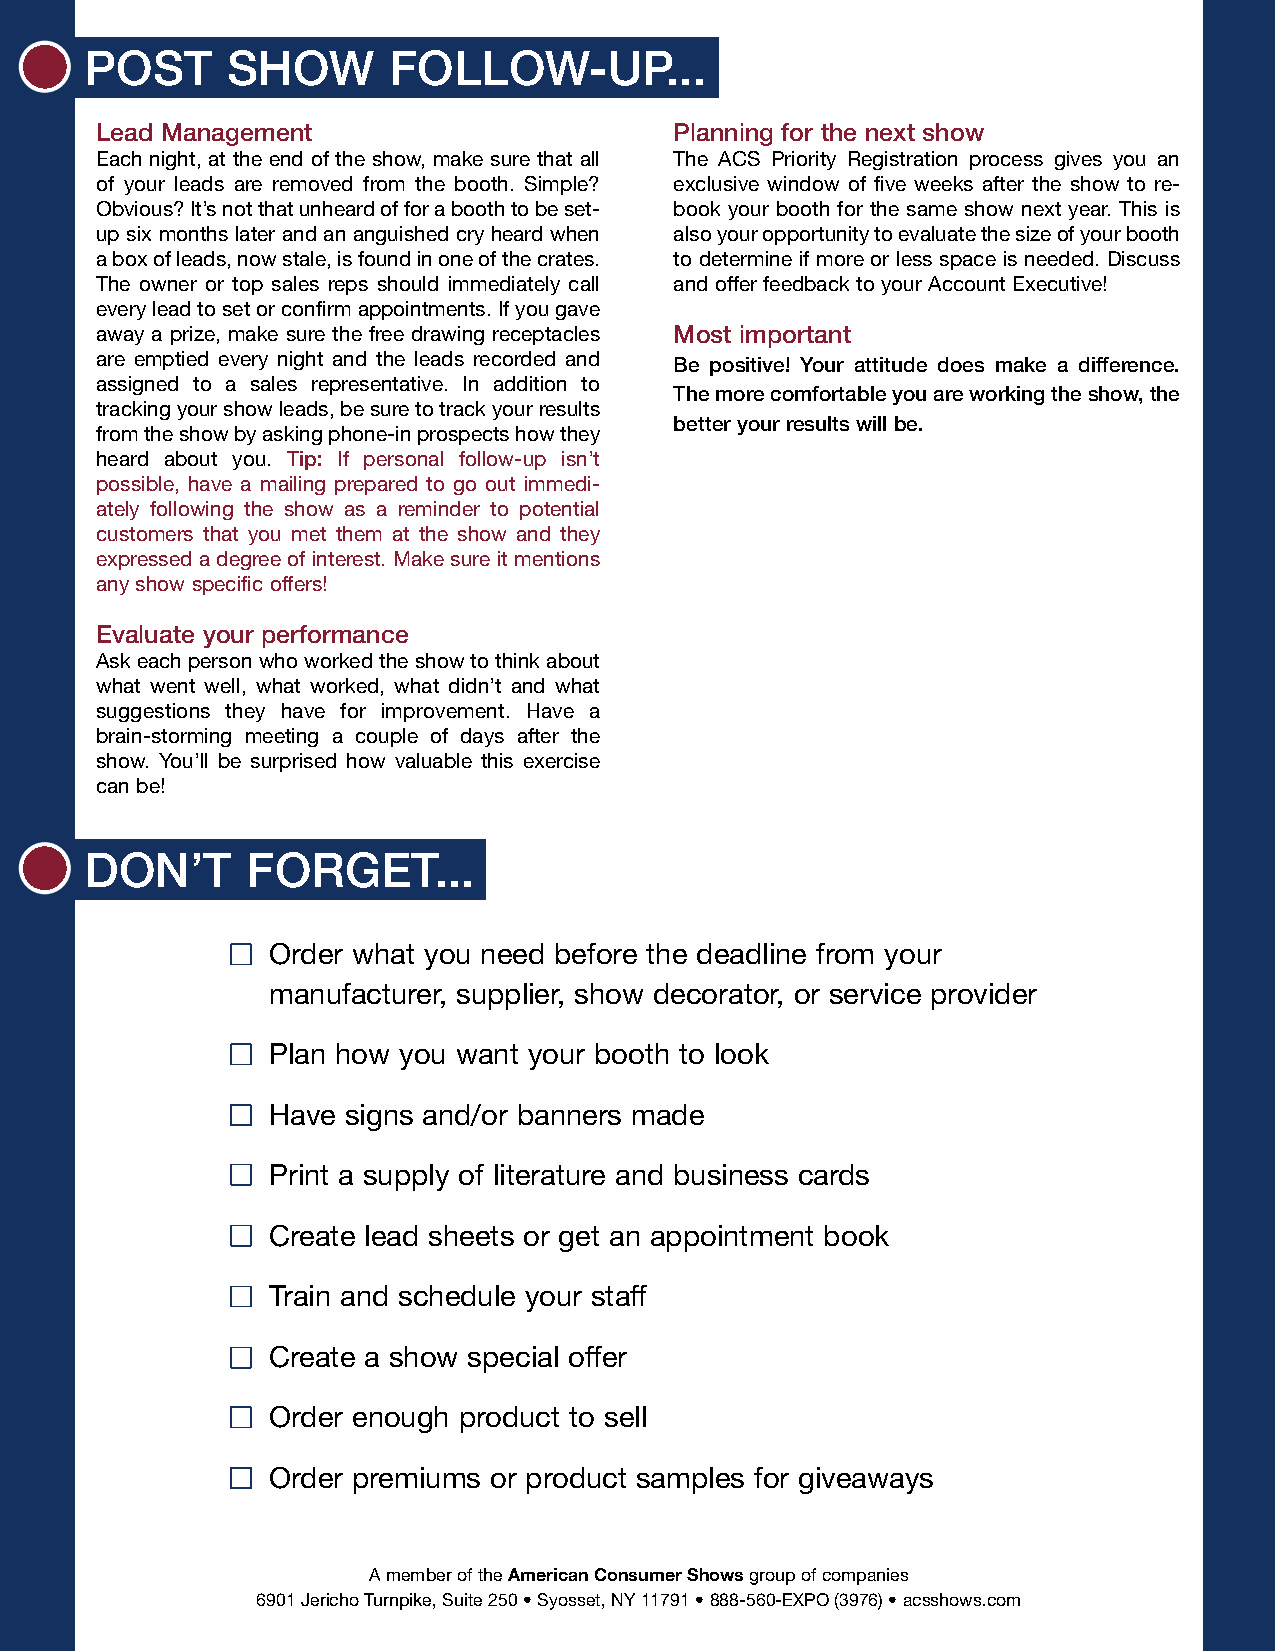
POST     SHOW       FOLLOW-UP...
 Lead Management                        Planning for the next show
 Each night, at the end of the show, make sure that all The ACS Priority Registration process gives you an
 of your leads are removed from the booth. Simple? exclusive window of five weeks after the show to re-
 Obvious? It’s not that unheard of for a booth to be set- book your booth for the same show next year. This is
 up six months later and an anguished cry heard when also your opportunity to evaluate the size of your booth
 a box of leads, now stale, is found in one of the crates. to determine if more or less space is needed. Discuss
 The owner or top sales reps should immediately call and offer feedback to your Account Executive!
 every lead to set or confirm appointments. If you gave
 away a prize, make sure the free drawing receptacles Most important
 are emptied every night and the leads recorded and Be positive! Your attitude does make a difference.
 assigned to a sales representative. In addition to
 The more comfortable you are working the show, the
 tracking your show leads, be sure to track your results
 better your results will be.
 from the show by asking phone-in prospects how they
 heard about you. Tip: If personal follow-up isn’t
 possible, have a mailing prepared to go out immedi-
 ately following the show as a reminder to potential
 customers that you met them at the show and they
 expressed a degree of interest. Make sure it mentions
 any show specific offers!
 Evaluate your performance
 Ask each person who worked the show to think about
 what went well, what worked, what didn’t and what
 suggestions they have for improvement. Have a
 brain-storming meeting a couple of days after the
 show. You’ll be surprised how valuable this exercise
 can be!
 DON’T     FORGET...
 Order what you need before the deadline from your
 manufacturer, supplier, show decorator, or service provider
 Plan how you want your booth to look
 Have signs and/or banners made
 Print a supply of literature and business cards
 Create lead sheets or get an appointment book
 Train and schedule your staff
 Create a show special offer
 Order enough product to sell
 Order premiums or product samples for giveaways
 A member of the American Consumer Showsgroup of companies
 6901 Jericho Turnpike, Suite 250 • Syosset, NY 11791 • 888-560-EXPO (3976) • acsshows.com